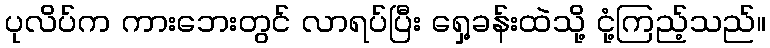
ပုလိပ်က ကားဘေးတွင် လာရပ်ပြီး ရှေ့ခန်းထဲသို့ ငုံ့ကြည့်သည်။